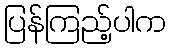
ပြန်ကြည့်ပါက